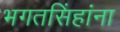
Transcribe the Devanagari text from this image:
भगतसिंहांना